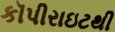
કૉપીરાઇટથી